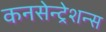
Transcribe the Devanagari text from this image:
कनसेन्ट्रेशन्स